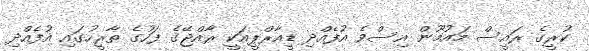
ކުރީގެ ރައީސް މައުމޫން އިސްވެ އުފެއްދި ޑީއާރްޕީއަކީ ރާއްޖޭގެ ފަހުގެ ތާރީހުގައި އުފެއްދި